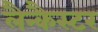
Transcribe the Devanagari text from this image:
लैन्कैस्टर